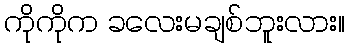
ကိုကိုက ခလေးမချစ်ဘူးလား။